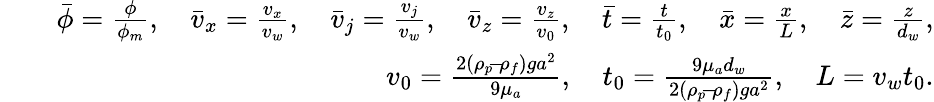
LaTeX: \begin{array}{rlr}&{}&{\bar{\phi}=\frac{\phi}{\phi_{m}},\quad\bar{v}_{x}=\frac{v_{x}}{v_{w}},\quad\bar{v}_{j}=\frac{v_{j}}{v_{w}},\quad\bar{v}_{z}=\frac{v_{z}}{v_{0}},\quad\bar{t}=\frac{t}{t_{0}},\quad\bar{x}=\frac{x}{L},\quad\bar{z}=\frac{z}{d_{w}},}\\ &{}&{v_{0}=\frac{2(\rho_{p}\! -\! \rho_{f})ga^{2}}{9\mu_{a}},\quad t_{0}=\frac{9\mu_{a}d_{w}}{2(\rho_{p}\! -\! \rho_{f})ga^{2}},\quad L=v_{w}t_{0}.}\end{array}